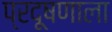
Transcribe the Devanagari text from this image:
प्रदूषणाला